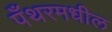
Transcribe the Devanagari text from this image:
पँथरमधील